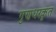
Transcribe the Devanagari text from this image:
गुणधरकृत